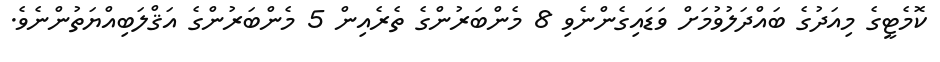
ކޮމެޓީގެ މިއަދުގެ ބައްދަލުވުމަށް ވަޑައިގެންނެވި 8 މެންބަރުންގެ ތެރެއިން 5 މެންބަރުންގެ އަޤްލަބިއްޔަތުންނެވެ.